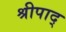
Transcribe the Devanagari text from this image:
श्रीपाद्